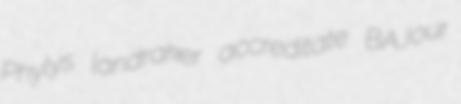
Phylys landraker accreditate BAJour